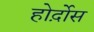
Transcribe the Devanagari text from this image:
होर्द़ोस